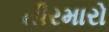
તીરમારો